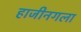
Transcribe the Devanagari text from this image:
हाजीनगला